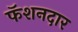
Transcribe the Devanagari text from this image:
फॅशनदार